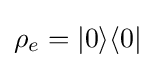
\rho _{e}=|0\rangle \langle 0|